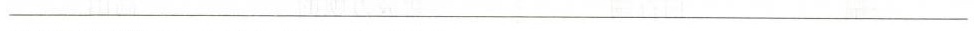
___